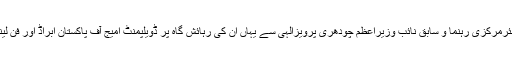
2016ء) پاکستان مسلم لیگ کے سینئرمرکزی رہنما و سابق نائب وزیراعظم چودھری پرویزالٰہی سے یہاں ان کی رہائش گاہ پر ڈویلپمنٹ امیج آف پاکستان ابراڈ اور فن لینڈ ڈیزائن کو کے وفد نے ملاقات کی۔